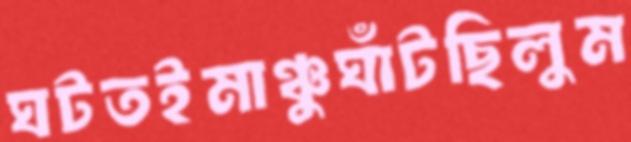
ঘটতইমাঞ্চুঘাঁটছিলুম